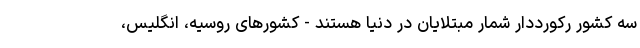
سه کشور رکورددار شمار مبتلایان در دنیا هستند - کشورهای روسیه، انگلیس،